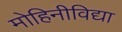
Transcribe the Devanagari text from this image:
मोहिनीविद्या